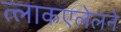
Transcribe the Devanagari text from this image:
त्लाकएलेलने